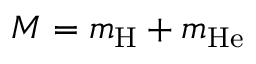
M = m _ { \mathrm { H } } + m _ { \mathrm { H e } }